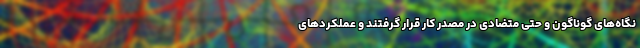
نگاه‌های گوناگون و حتی متضادی در مصدر کار قرار گرفتند و عملکردهای